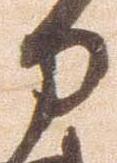
力